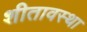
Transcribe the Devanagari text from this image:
शीतावस्था